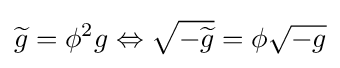
{\widetilde {g}}=\phi ^{2}g\Leftrightarrow {\sqrt {-{\widetilde {g}}}}=\phi {\sqrt {-g}}